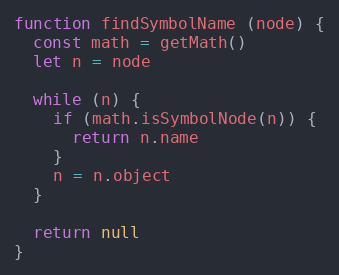
Language: JavaScript
function findSymbolName (node) {
  const math = getMath()
  let n = node

  while (n) {
    if (math.isSymbolNode(n)) {
      return n.name
    }
    n = n.object
  }

  return null
}